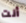
أنت